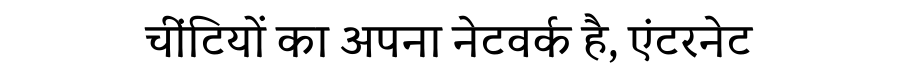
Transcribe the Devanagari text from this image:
चींटियों का अपना नेटवर्क है, एंटरनेट